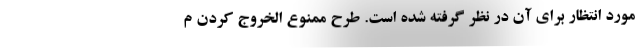
مورد انتظار برای آن در نظر گرفته شده است. طرح ممنوع الخروج کردن م